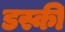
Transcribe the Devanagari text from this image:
डस्की